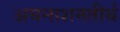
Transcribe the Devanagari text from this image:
अघनाशनतीर्थ